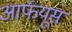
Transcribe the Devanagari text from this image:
आर्फयूस